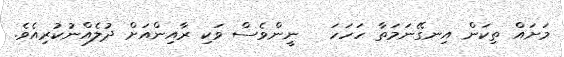
މަށައް ތިކަން އިނގޭނަމަތާ ހަހަހަ   ނީންވެސް ވަކި ރާއިންއަށް ދުލެއްނުކުރިއެވެ.